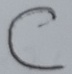
Text: C